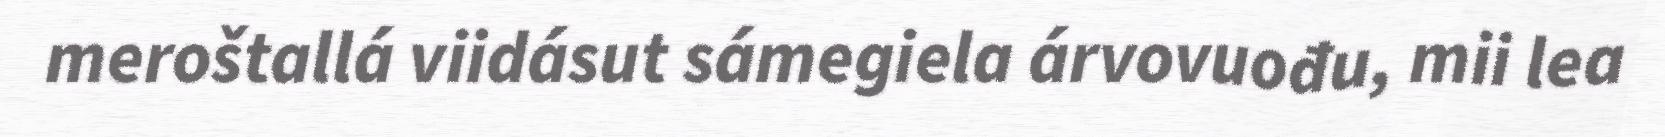
meroštallá viidásut sámegiela árvovuođu, mii lea